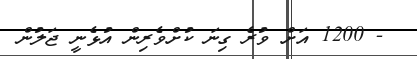
- 1200 އަށް ވުރެ ގިނަ ކުށްވެރިން އުޅެނީ ޖަލުން